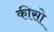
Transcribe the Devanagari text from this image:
कीसो